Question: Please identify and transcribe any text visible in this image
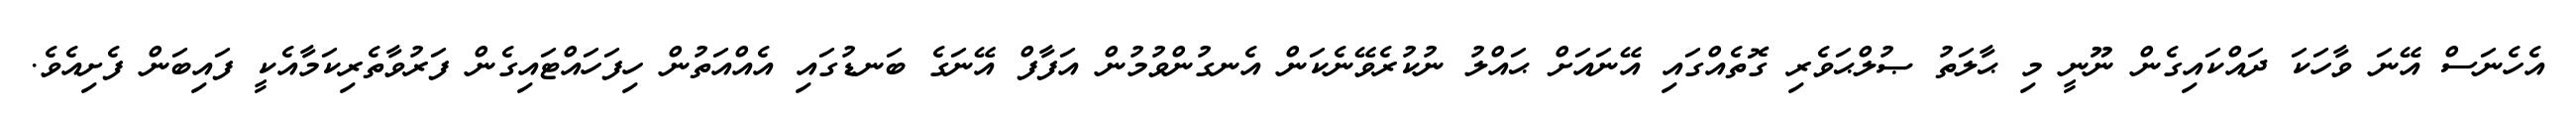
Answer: އެހެނަސް އޭނަ ވާހަކަ ދައްކައިގެން ނޫނީ މި ޙާލަތު ޞުލްޙަވެރި ގޮތެއްގައި އޭނައަށް ޙައްލު ނުކުރެވޭނެކަން އެނގުންވުމުން އަފާފް އޭނަގެ ބަނޑުގައި އެއްއަތުން ހިފަހައްޓައިގެން ފަރުވާތެރިކަމާއެކީ ފައިބަން ފެށިއެވެ.